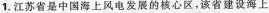
1.江苏省是中国海上风电发展的核心区，该省建设海上